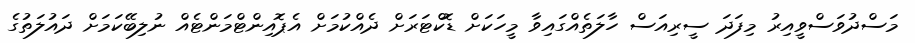
މަސްދުވަސްވީއިރު މިފަދަ ސީރިއަސް ހާލަތެއްގައިވާ މީހަކަށް ޑޮކްޓަރަށް ދެއްކުމަށް އެޕޮއިންޓްމަންޓެއް ނުލިބޭކަމަށް ދައުލަތުގެ